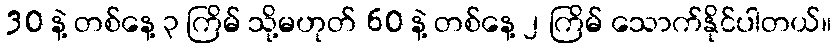
30 နဲ့ တစ်နေ့ ၃ ကြိမ် သို့မဟုတ် 60 နဲ့ တစ်နေ့ ၂ ကြိမ် သောက်နိုင်ပါတယ်။